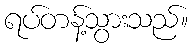
ရပ်တန့်သွားသည်။